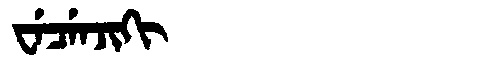
Manchu: ᠸᡝᠴᡝᠨᠵᡳᡴᡳ
Romanization: WECENJIKI